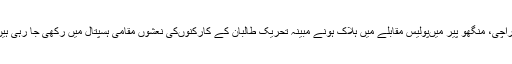
کراچی، منگھو پیر میں‌پولیس مقابلے میں ہلاک ہونے مبینہ تحریک طالبان کے کارکنوں‌کی نعشوں مقامی ہسپتال میں رکھی جا رہی ہیں۔